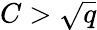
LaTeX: C>\sqrt{q}